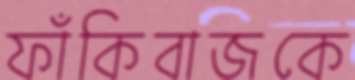
ফাঁকিবাজকে